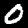
Label: 0